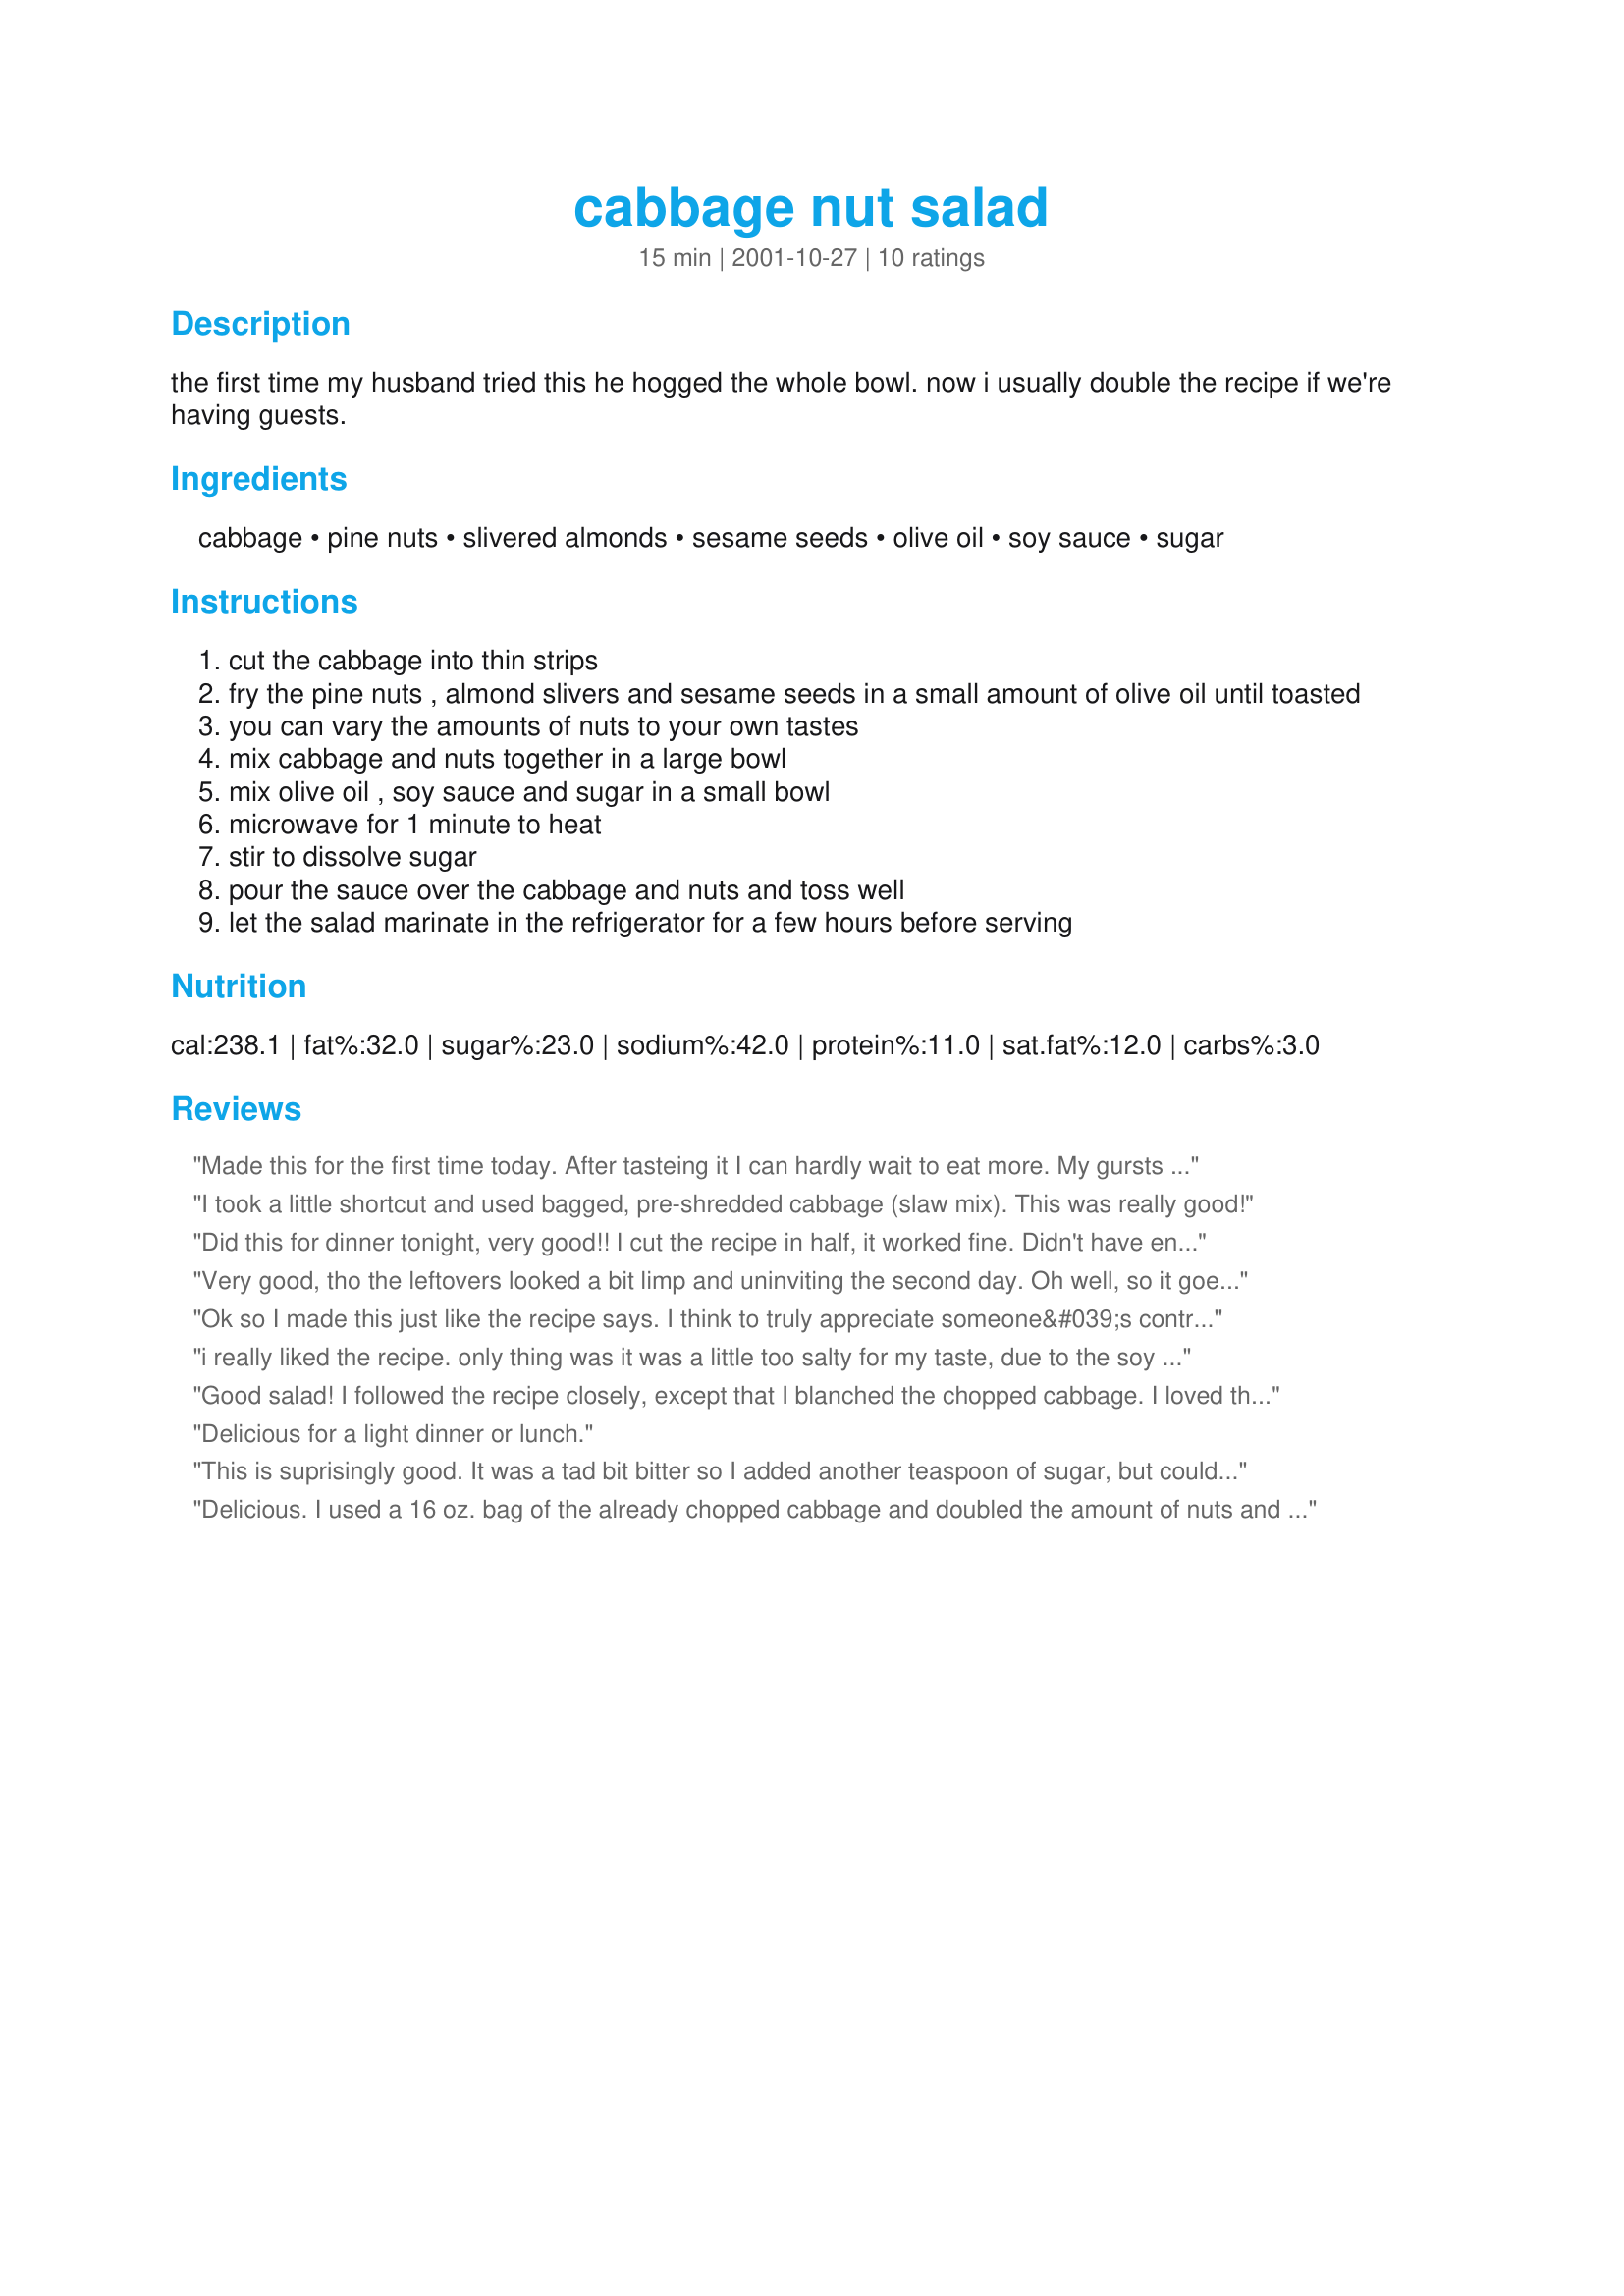
cabbage nut salad
Preparation time: 15 minutes

the first time my husband tried this he hogged the whole bowl. now i usually double the recipe if we're having guests.

Ingredients:
cabbage, pine nuts, slivered almonds, sesame seeds, olive oil, soy sauce, sugar

Steps:
cut the cabbage into thin strips
fry the pine nuts , almond slivers and sesame seeds in a small amount of olive oil until toasted
you can vary the amounts of nuts to your own tastes
mix cabbage and nuts together in a large bowl
mix olive oil , soy sauce and sugar in a small bowl
microwave for 1 minute to heat
stir to dissolve sugar
pour the sauce over the cabbage and nuts and toss well
let the salad marinate in the refrigerator for a few hours before serving

Reviews:
Made this for the first time today. After tasteing it I can hardly wait to eat more. My gursts might not get any. My first experience with recipezaar, it's the best recipe site I've found. Thanks lois
I took a little shortcut and used bagged, pre-shredded cabbage (slaw mix). This was really good!
Did this for dinner tonight, very good!! I cut the recipe in half, it worked fine. Didn't have enough pine nuts, so made up the difference with sunflower seeds, with the rest of the seeds and nuts, it was a very nice nutty flavour. Will make it again, Thanks for a good one Mirjam!!
Very good, tho the leftovers looked a bit limp and uninviting the second day. Oh well, so it goes...
Ok so I made this just like the recipe says. I think to truly appreciate someone&#039;s contribution that is what you should do. I found it to be a bit on the salty side, but I couldn&#039;t stop eating it. The recipe made quite a bit and we had a lot left over. So, I added a bunch of kale and to offset some of the saltiness, fresh pineapple! It is so yummy!
i really liked the recipe. only thing was it was a little too salty for my taste, due to the soy sauce. but delicious, none the less! with the right main dish this could be a wonderful salad. i didn't have pine nuts and substituted sesame oil for olive oil to keep the nutty, asian feel to it. and i used just a tiny bit of splenda instead of sugar. i'm sure i will make again, only with low sodium soy sauce next time. thanks so much for posting!
Good salad! I followed the recipe closely, except that I blanched the chopped cabbage. I loved the cabbage-nut combo (especially the almonds). The soy sauce flavor was a little too pronounced for my taste, but I'm not sure what I would add to it (not a lot of help, I know). I'll be trying this recipe in the future with some modifications to the dressing. Thanks for posting!
Delicious for a light dinner or lunch.
This is suprisingly good. It was a tad bit bitter so I added another teaspoon of sugar, but could not wait to dinner to try it. I made it early this morning and it's been sitting in the fridge looking quite inviting. Thanks for a great recipe!
Delicious. I used a 16 oz. bag of the already chopped cabbage and doubled the amount of nuts and it had a great crunch to it as well as lots of flavor. Served it with Lennie's mac n cheese (yummy too) and my skillet barbecued chicken. Yummy!
